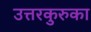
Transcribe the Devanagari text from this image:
उत्तरकुरुका